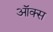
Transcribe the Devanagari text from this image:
ऑक्‍स